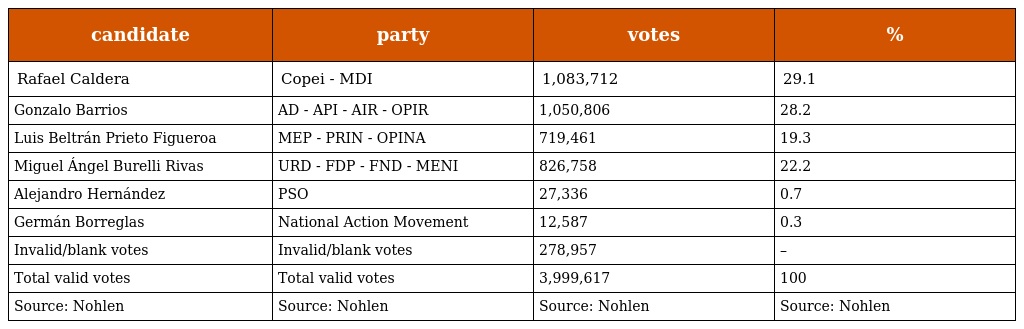
| candidate | party | votes | % |
 | --- | --- | --- | --- |
 | Rafael Caldera | Copei - MDI | 1,083,712 | 29.1 |
 | Gonzalo Barrios | AD - API - AIR - OPIR | 1,050,806 | 28.2 |
 | Luis Beltrán Prieto Figueroa | MEP - PRIN - OPINA | 719,461 | 19.3 |
 | Miguel Ángel Burelli Rivas | URD - FDP - FND - MENI | 826,758 | 22.2 |
 | Alejandro Hernández | PSO | 27,336 | 0.7 |
 | Germán Borreglas | National Action Movement | 12,587 | 0.3 |
 | Invalid/blank votes | Invalid/blank votes | 278,957 | – |
 | Total valid votes | Total valid votes | 3,999,617 | 100 |
 | Source: Nohlen | Source: Nohlen | Source: Nohlen | Source: Nohlen |